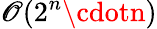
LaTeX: \mathscr{O}(2^{n}\cdotn)